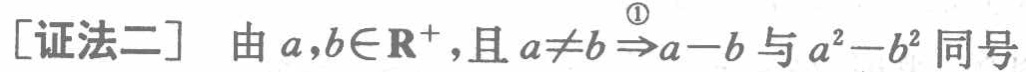
[证法二] 由 \(a,b\in\mathbf{R}^{+}\),且 \(a\neq b\stackrel{\textcircled{1}}{\Rightarrow}a - b\) 与 \(a^{2}-b^{2}\) 同号